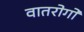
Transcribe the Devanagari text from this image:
वातरोगों